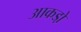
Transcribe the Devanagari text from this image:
आकडो़